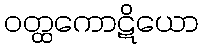
ဝတ္ထကောဋိယော